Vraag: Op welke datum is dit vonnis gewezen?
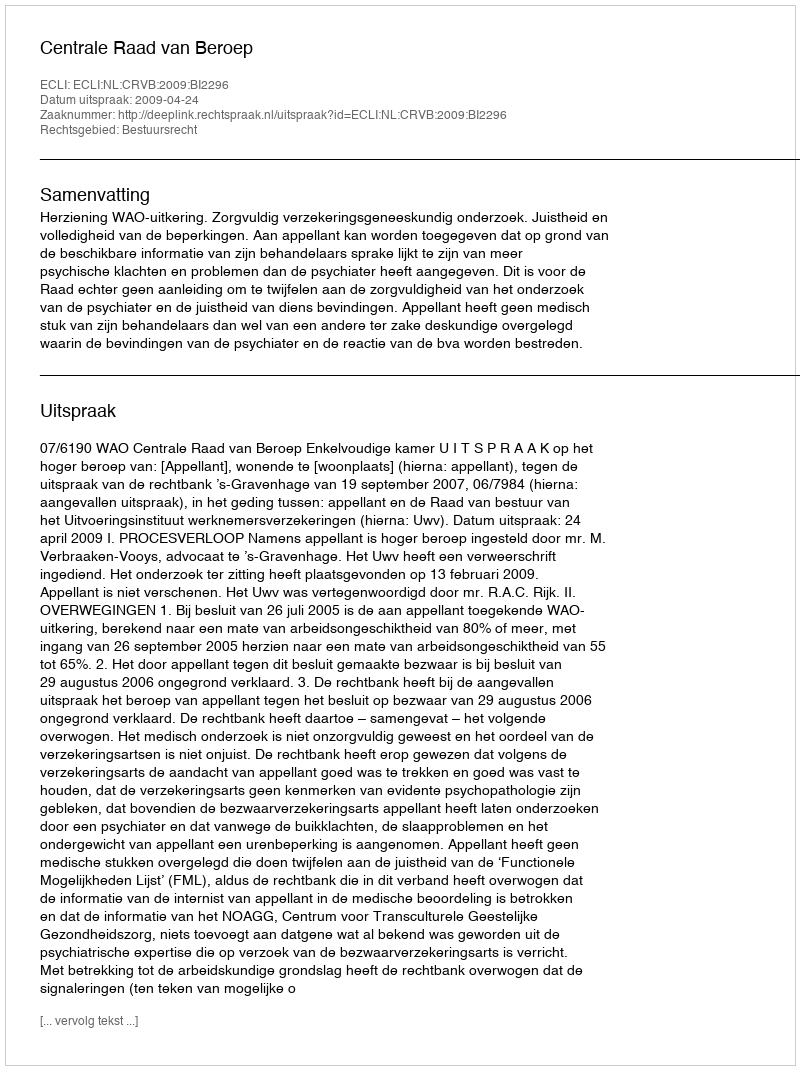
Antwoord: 2009-04-24